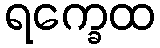
ရက္ခေထ